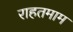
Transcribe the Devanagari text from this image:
राहतमाम